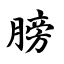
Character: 膀